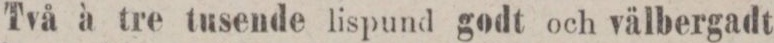
Två à tre tusende lispund godt och välbergadt